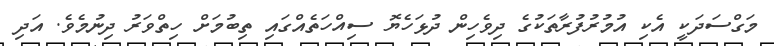
މަގްސަދަކީ އެކި އުމުރުފުރާތަކުގެ ދިވެހިން ދުޅަހެޔޮ ސިއްހަތެއްގައި ތިބުމަށް ހިތްވަރު ދިނުމެވެ. އަދި